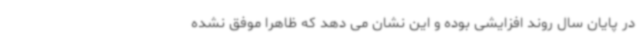
در پایان سال روند افزایشی بوده و این نشان می دهد که ظاهرا موفق نشده